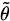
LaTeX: \scriptstyle{\tilde{\theta}}